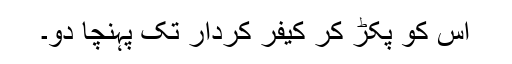
اس کو پکڑ کر کیفر کردار تک پہنچا دو۔